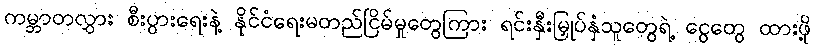
ကမ္ဘာတလွှား စီးပွားရေးနဲ့ နိုင်ငံရေးမတည်ငြိမ်မှုတွေကြား ရင်းနှီးမြှုပ်နှံသူတွေရဲ့ ငွေတွေ ထားဖို့